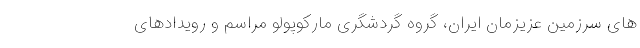
های سرزمین عزیزمان ایران، گروه گردشگری مارکوپولو مراسم و رویدادهای